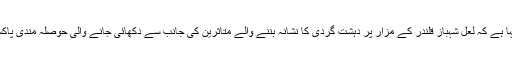
کراچی -پاکستان پیپلز پارٹی کے چیئرمین بلاول بھٹو زرداری نے کہا ہے کہ لعل شہباز قلندر کے مزار پر دہشت گردی کا نشانہ بننے والے متاثرین کی جانب سے دکھائی جانے والی حوصلہ مندی پاکستان کو نشانہ بنانے والے دہشت گر دوں کے لیے موت کا پیغام ہے۔